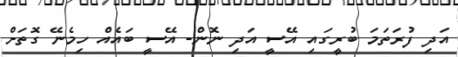
އަދި ފުރަތަމަ ބުރީގައި އޭސީ އަދި ނޮން- އޭސީ ބައެއް ހިމެނޭ ގޮތަށް